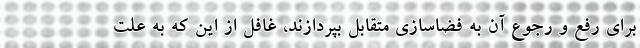
برای رفع و رجوع آن به فضاسازي متقابل بپردازند، غافل از اين كه به علت